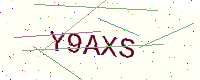
Text: Y9AXS